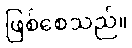
ဖြစ်စေသည်။